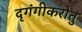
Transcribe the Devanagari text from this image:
दृगंगीकरोतु